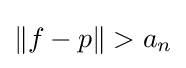
\lVert f-p\rVert >a_{n}